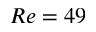
R e = 4 9